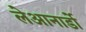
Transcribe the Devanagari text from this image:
लेआनार्डो